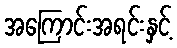
အကြောင်းအရင်းနှင့်